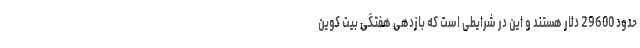
حدود 29600 دلار هستند و این در شرایطی است که بازدهی هفتگی بیت کوین